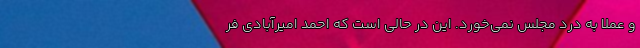
و عملا به درد مجلس نمی‌خورد. این در حالی است که احمد امیرآبادی فر